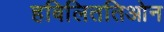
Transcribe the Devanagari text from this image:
हबिलिततिओन